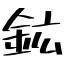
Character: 鉱